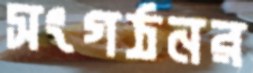
সংগঠনর